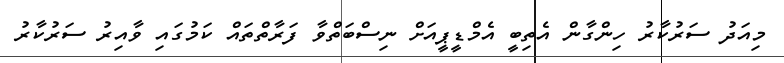
މިއަދު ސަރުކާރު ހިންގާން އެތިބީ އެމްޑީޕީއަށް ނިސްބަތްވާ ފަރާތްތައް ކަމުގައި ވާއިރު ސަރުކާރު